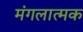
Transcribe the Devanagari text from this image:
मंगलात्मक